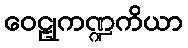
ဝေဠုကဏ္ဍကိယာ